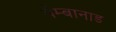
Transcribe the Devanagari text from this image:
वेम्बानाड